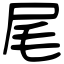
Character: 尾